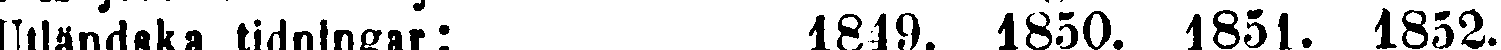
Utländska tidningar: 1849. 1850. 1851. 1852.